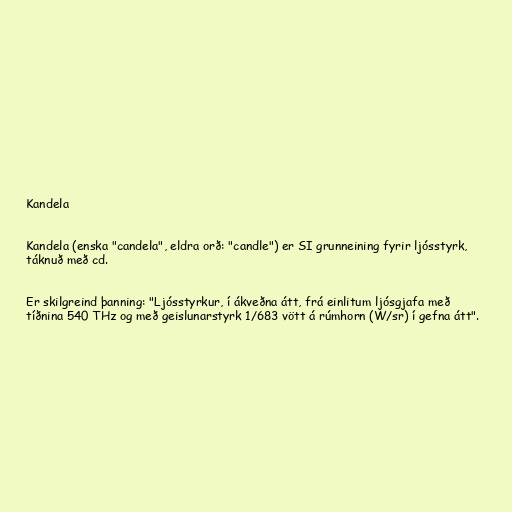
Kandela

Kandela (enska "candela", eldra orð: "candle") er SI grunneining fyrir ljósstyrk,
táknuð með cd.

Er skilgreind þanning: "Ljósstyrkur, í ákveðna átt, frá einlitum ljósgjafa með
tíðnina 540 THz og með geislunarstyrk 1/683 vött á rúmhorn (W/sr) í gefna átt".